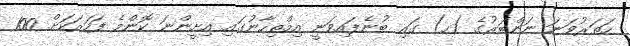
ހަތަރުވަނަ ނަންބަރުގެ (ހ) ގައި ބުނެފައިވަނީ އިމްތިހާނުގައި އިށީންނަ ކޮންމެ ފަހަރަކަށް 100